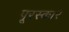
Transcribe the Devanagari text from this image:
पूरस्कार